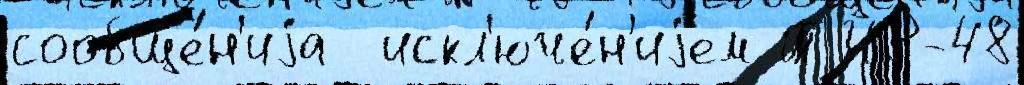
сообще́н'иjа  искл'юче́н'иjем ТЧР-48